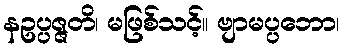
နဥပ္ပဇ္ဇတိ၊ မဖြစ်သင့်။ ဗျာမပ္ပဘော၊